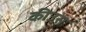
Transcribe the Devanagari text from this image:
कीउस